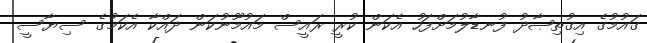
ގައުމުގެ އިގުތިޞާދު ފުނޑާލުމަށްފަހު އެކަން ކުރީ ރައީސް މައުމޫނުކަން ދައްކާ އެކަމުގެ ސިޔާސީ